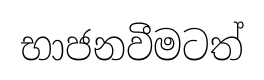
භාජනවීමටත්